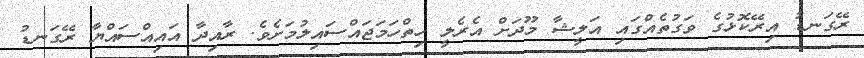
ރޭގަނޑު އިރޭކޮޅުގެ ވަގުތެއްގައި އަލީޝާ މޫދަށް އެރެލީ ހިތްހަމަޖައްސައިލުމަށެވެ. ރާއިދާ އައިއްސައްޔާ ރޭގަނޑު